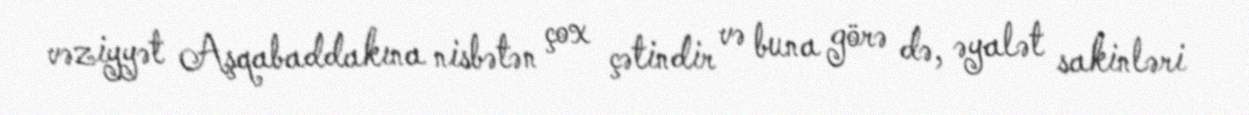
vəziyyət Aşqabaddakına nisbətən çox çətindir və buna görə də, əyalət sakinləri